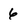
Character: 6